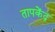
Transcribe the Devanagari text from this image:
तापकेंद्र